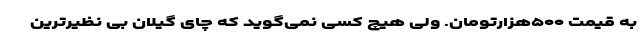
به قیمت ۵۰۰هزارتومان. ولی هیچ کسی نمی‌گوید که چای گیلان بی نظیرترین